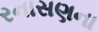
રનાસણના